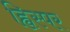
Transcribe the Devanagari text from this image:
ह्विस्पर